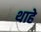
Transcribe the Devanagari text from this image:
थाहे